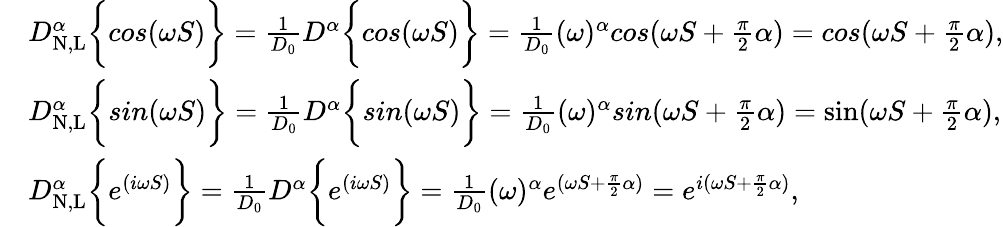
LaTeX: \begin{array}{rl}&{D_{\mathrm{N,L}}^{\alpha}\bigg\{ {cos(\omega S)\bigg\} }=\frac{1}{D_{0}}D^{\alpha}\bigg\{ {cos(\omega S)\bigg\} }=\frac{1}{D_{0}}(\omega)^{\alpha}cos(\omega S+\frac{\pi}{2}\alpha)=cos(\omega S+\frac{\pi}{2}\alpha),}\\ &{D_{\mathrm{N,L}}^{\alpha}\bigg\{ {sin(\omega S)\bigg\} }=\frac{1}{D_{0}}D^{\alpha}\bigg\{ {sin(\omega S)\bigg\} }=\frac{1}{D_{0}}(\omega)^{\alpha}sin(\omega S+\frac{\pi}{2}\alpha)=\sin(\omega S+\frac{\pi}{2}\alpha),}\\ &{D_{\mathrm{N,L}}^{\alpha}\bigg\{ {e^{(i\omega S)}\bigg\} }=\frac{1}{D_{0}}D^{\alpha}\bigg\{ {e^{(i\omega S)}\bigg\} }=\frac{1}{D_{0}}(\omega)^{\alpha}e^{(\omega S+\frac{\pi}{2}\alpha)}=e^{i(\omega S+\frac{\pi}{2}\alpha)},}\end{array}